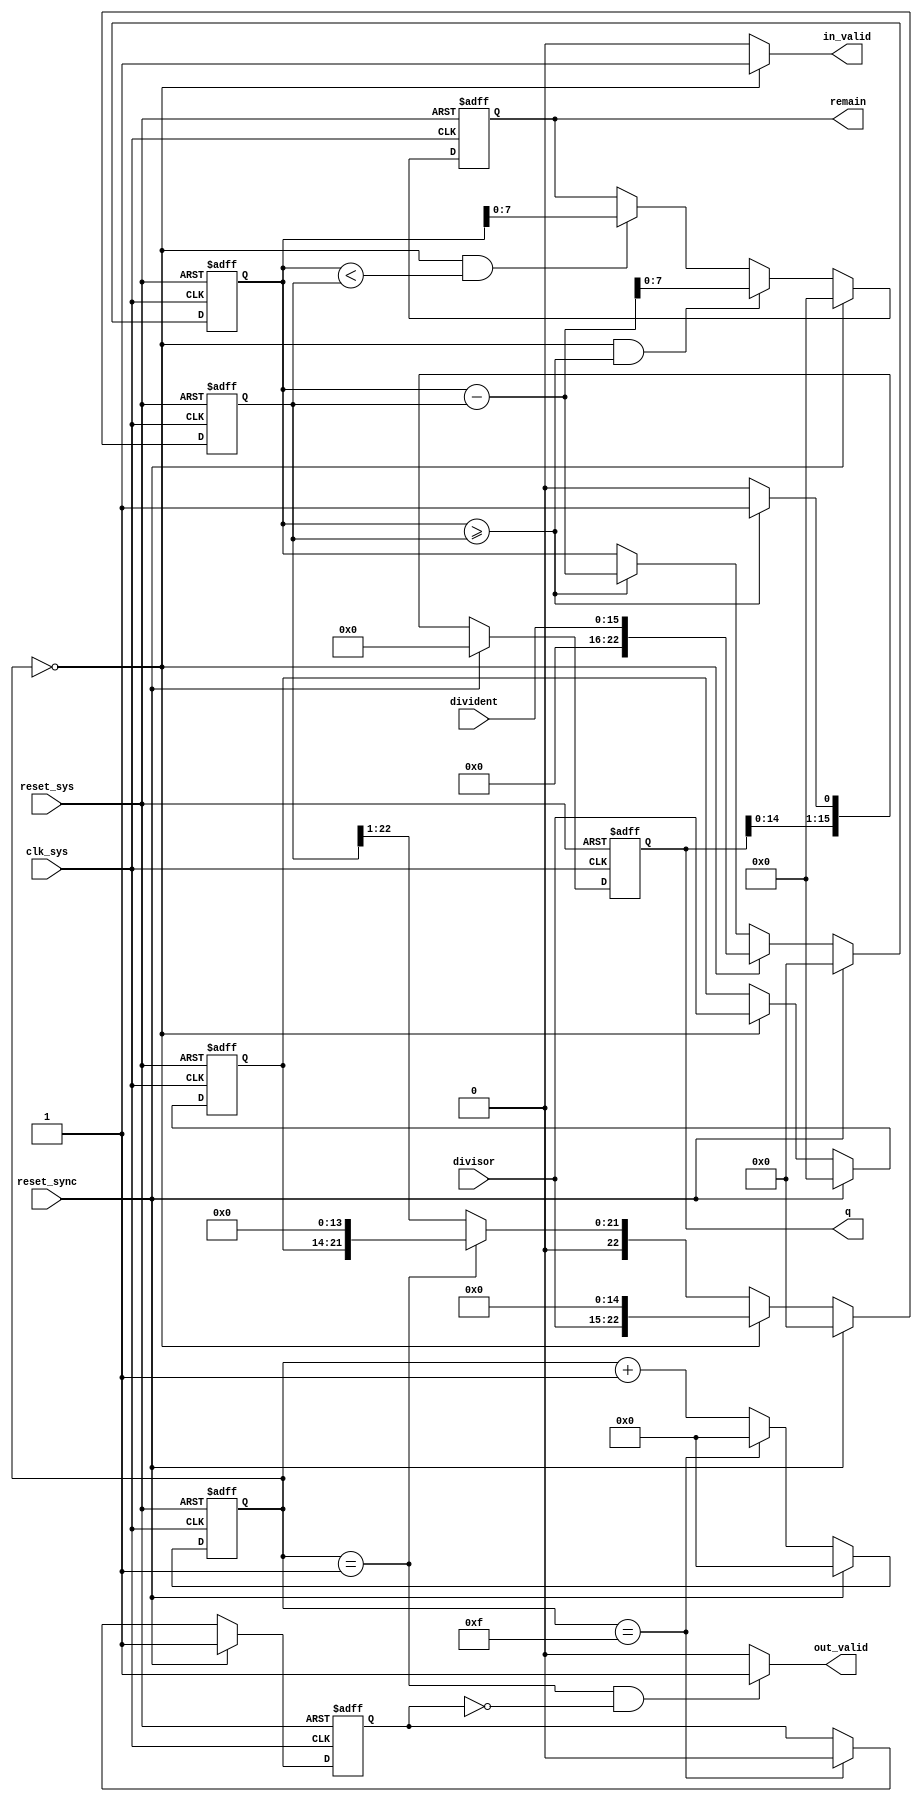
`timescale 1ns / 1ps
//////////////////////////////////////////////////////////////////////////////////
// Design Name: 
// Module Name: div_16d8
// Description: 168,,
// ,
//////////////////////////////////////////////////////////////////////////////////


module div_16d8(
        input wire          clk_sys          ,
        input wire          reset_sys        ,
        input wire          reset_sync       , //
        input wire [15:0]   divident         ,
        input wire [7:0]    divisor          ,
                     
        output reg [15:0]   q                , //
        output reg [7:0]    remain           , //
        output wire         out_valid        ,
        output wire         in_valid            //testbench,
    );
    
    reg [22:0] remain_s         ; //,16+(8-1)=23
    reg [22:0] divident_shift   ;  //,remain
    
    reg [7:0] divisor_r;
    
    //16
    reg [4:0] cnt;
    
    //,,in_valid
    reg     flag_init;
    
    
    //cnt
    always@(posedge clk_sys or negedge reset_sys) begin
        if(!reset_sys) begin
            cnt <= 5'd0;
        end else if(reset_sync) begin
            cnt <= 5'd0;
        end else if(cnt == 5'd15) begin
            cnt <= 5'd0;
        end else begin
            cnt <= cnt + 5'd1;
        end
    end
    
    //flag_init
    always@(posedge clk_sys or negedge reset_sys) begin
        if(!reset_sys) begin
            flag_init <= 1'b1;
        end else if(reset_sync) begin
            flag_init <= 1'b1;
        end else if(cnt == 5'd15) begin
            flag_init <= 1'b0;
        end else begin
            flag_init <= flag_init;
        end
    end
    
    //divisor_r
    always@(posedge clk_sys or negedge reset_sys) begin
        if(!reset_sys) begin
            divisor_r <= 8'b0;
        end else if(reset_sync) begin
            divisor_r <= 8'b0;
        end else if(cnt == 5'd0) begin
            divisor_r <= divisor;  //
        end else begin
            divisor_r <= divisor_r;
        end
    end
    
    //divident_shift
    always@(posedge clk_sys or negedge reset_sys) begin
        if(!reset_sys) begin
            divident_shift <= 23'b0;
        end else if(reset_sync) begin
            divident_shift <= 23'b0;        
        end else if(cnt == 5'd0) begin  //
            divident_shift <= {divisor,15'b0};  //(16-1)0
        end else if(cnt == 5'd1) begin  //
            divident_shift <= {1'b0,divisor_r,14'b0};  //
        end else begin
            divident_shift <= {1'b0,divident_shift[22:1]};
        end 
    end
    
    //remain_s,,,
    //
    always@(posedge clk_sys or negedge reset_sys) begin
        if(!reset_sys) begin
            remain_s <= 23'b0;
        end else if(reset_sync) begin
            remain_s <= 23'b0;   
        end else if(cnt == 5'd0) begin
            remain_s <= {7'b0,divident};  //(8-10)
        end else if(remain_s >= divident_shift) begin
            remain_s <= remain_s - divident_shift;
        end else begin
            remain_s <= remain_s;
        end 
    end
    
    
    
    //q 
    always@(posedge clk_sys or negedge reset_sys) begin
        if(!reset_sys) begin
            q <= 16'b0;
        end else if(reset_sync) begin
            q <= 16'b0;   
        end else if(remain_s >= divident_shift) begin
            q <= {q[14:0],1'b1};
        end else begin
            q <= {q[14:0],1'b0};
        end
    end
    
    //remain
    always@(posedge clk_sys or negedge reset_sys) begin
        if(!reset_sys) begin
            remain <= 8'b0;
        end else if(reset_sync) begin
            remain <= 8'b0;
        end else if((cnt == 5'd0) && (remain_s >= divident_shift)) begin
            remain <= remain_s - divident_shift;
        end else if((cnt == 5'd0) && (remain_s < divident_shift)) begin
            remain <= remain_s;
        end else begin
            remain <= remain;
        end
    
    end
    
    //out_valid
    assign out_valid = ((cnt == 5'd1)&&(!flag_init))?1'b1:1'b0;
    
    //in_valid
    assign in_valid = (cnt == 5'd0)?1'b1:1'b0;
    
endmodule